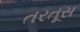
તરતૂસ